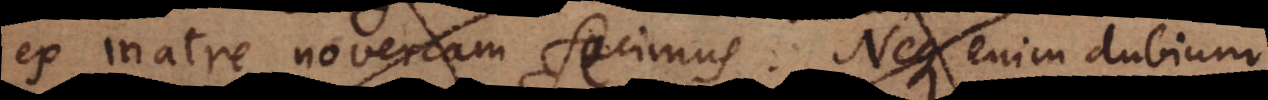
ex matre novercam fecimus. Neque enim dubium